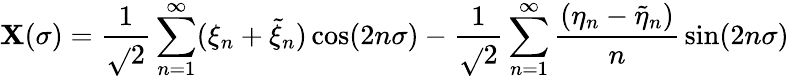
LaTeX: \mathbf{X}(\sigma)={\frac{{1}}{{\sqrt{}{{2}}}}}\sum_{n=1}^{\infty}(\xi_{n}+\tilde{{\xi}}_{n})\cos(2n\sigma)-{\frac{{1}}{{\sqrt{}{{2}}}}}\sum_{n=1}^{\infty}{\frac{{(\eta_{n}-\tilde{{\eta}}_{n})}}{{n}}}\sin(2n\sigma)